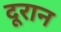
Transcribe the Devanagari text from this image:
दूरान